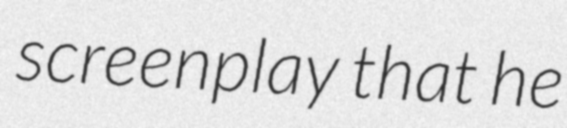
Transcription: screenplay that he